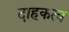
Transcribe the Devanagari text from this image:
दाहकत्व